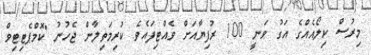
މިރުސް ކިލޯއެއްގެ އަގު ވަނީ 100 ރުފިޔާއަށް ވެއްޓިފައެވެ. ކުރިމަތިލާން ޖެހުނު "ކޮމްޕެޓިޓިވް